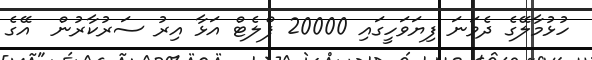
ހުޅުމާލޭގެ ދެވަނަ ފިޔަވަހީގައި 20000 ފްލެޓް އަޅާ އިރު ސަރުކާރުން  އޭގެ